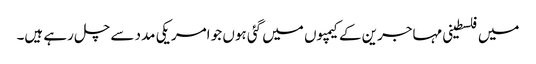
میں فلسطینی مہاجرین کے کیمپوں میں گئی ہوں جو امریکی مدد سے چل رہے ہیں۔